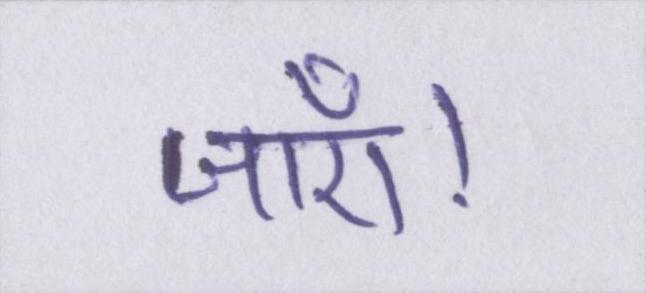
जाएँ।